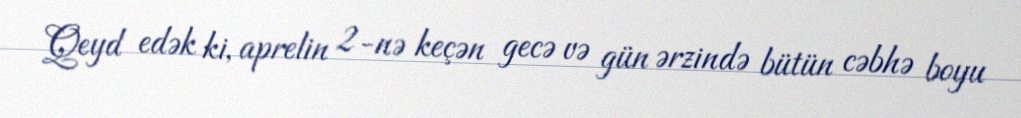
Qeyd edək ki, aprelin 2-nə keçən gecə və gün ərzində bütün cəbhə boyu